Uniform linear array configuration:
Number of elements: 12
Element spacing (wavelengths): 0.25
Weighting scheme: uniform
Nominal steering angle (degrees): -30
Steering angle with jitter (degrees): -31.188
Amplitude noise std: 0.05
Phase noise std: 0.05

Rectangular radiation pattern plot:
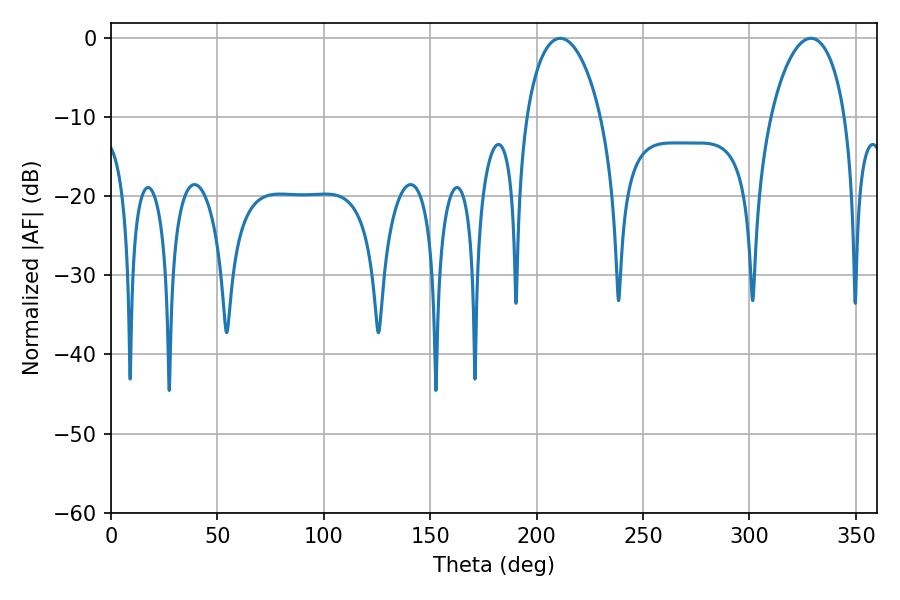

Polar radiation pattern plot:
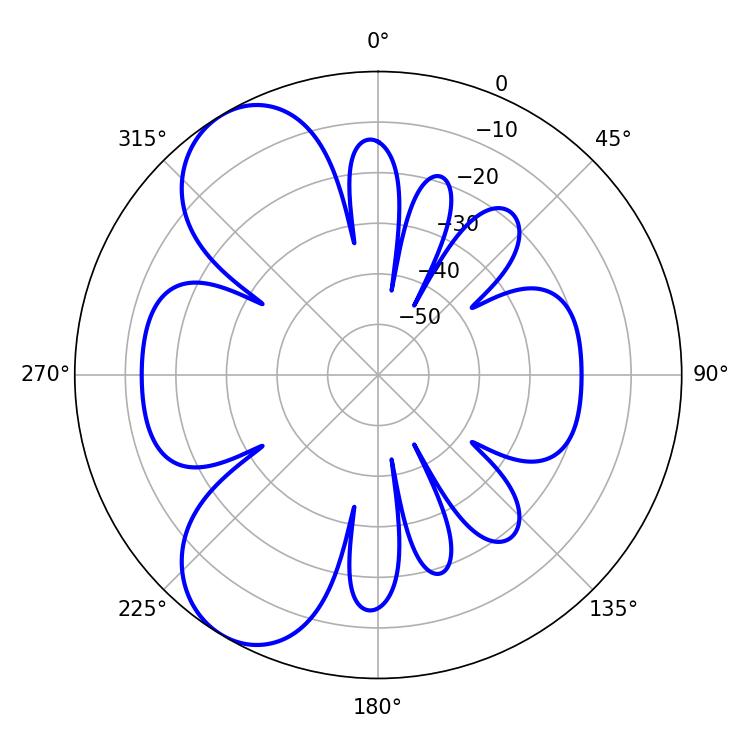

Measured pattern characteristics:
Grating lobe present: FALSE
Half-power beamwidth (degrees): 19.98
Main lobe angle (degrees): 211.14